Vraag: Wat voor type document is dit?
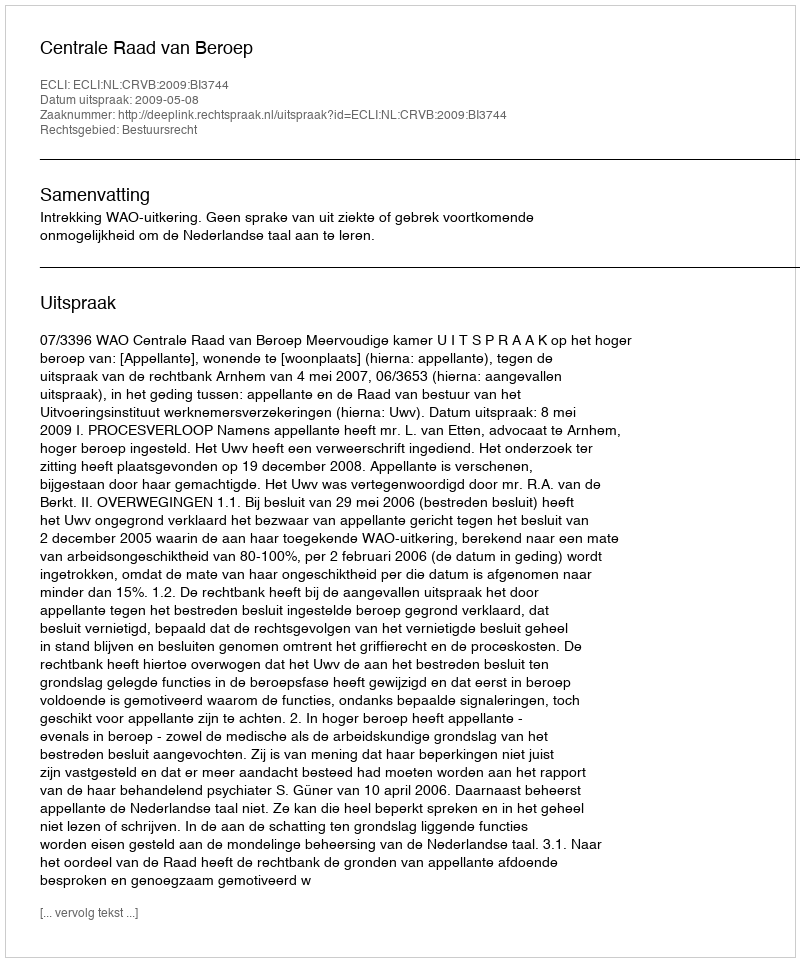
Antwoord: Uitspraak